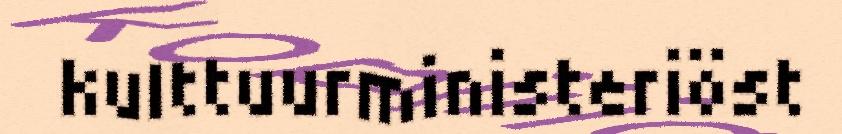
kulttuurministeriöst